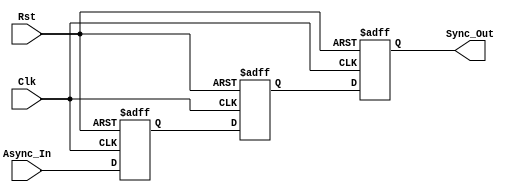
module Dual_FF_Synchronizer (
    input wire Async_In,   // Asynchronous input signal
    input wire Clk,        // Clock signal for the destination clock domain
    input wire Rst,        // Asynchronous reset signal
    output reg Sync_Out    // Synchronized output signal
);

    // Internal signals for the flip-flops
    reg FF1;
    reg FF2;

    // First Flip-Flop (FF1)
    always @(posedge Clk or posedge Rst) begin
        if (Rst) begin
            FF1 <= 1'b0;  // Reset FF1 to known state
        end else begin
            FF1 <= Async_In; // Sample the asynchronous input
        end
    end

    // Second Flip-Flop (FF2)
    always @(posedge Clk or posedge Rst) begin
        if (Rst) begin
            FF2 <= 1'b0;  // Reset FF2 to known state
        end else begin
            FF2 <= FF1;   // Sample the output of FF1
        end
    end

    // Output assignment
    always @(posedge Clk or posedge Rst) begin
        if (Rst) begin
            Sync_Out <= 1'b0;  // Reset Sync_Out to known state
        end else begin
            Sync_Out <= FF2;   // Output the synchronized signal
        end
    end

endmodule